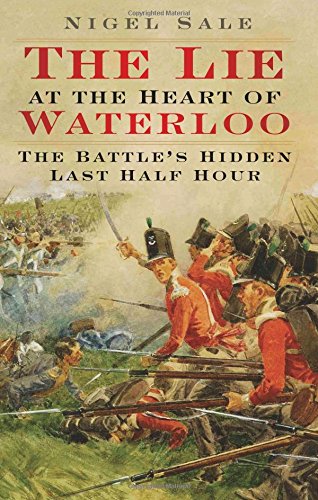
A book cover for The Lie at the Heart of Waterloo: The Battle's Hidden Last Half Hour; Nigel Sale; History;